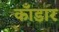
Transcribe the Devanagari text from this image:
काँडार